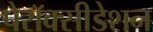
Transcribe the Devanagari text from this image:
पेरॉक्सीडेशन